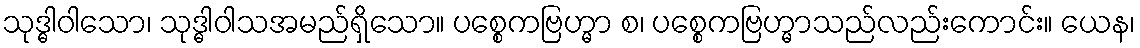
သုဒ္ဓါဝါသော၊ သုဒ္ဓါဝါသအမည်ရှိသော။ ပစ္စေကဗြဟ္မာ စ၊ ပစ္စေကဗြဟ္မာသည်လည်းကောင်း။ ယေန၊